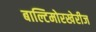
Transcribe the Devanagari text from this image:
बाल्टिमोरखेरीज